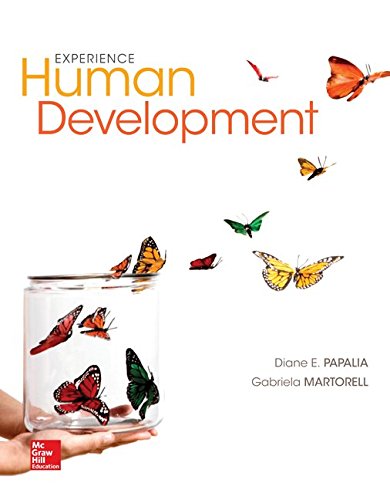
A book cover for Experience Human Development, 13th Edition; Diane E. Papalia; Health, Fitness & Dieting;